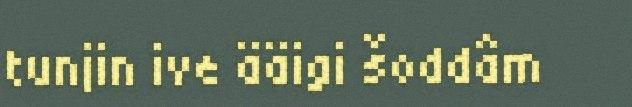
tunjin ive ääigi šoddâm